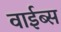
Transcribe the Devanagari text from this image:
वाईब्स